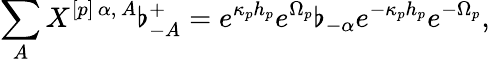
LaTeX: \sum_{A}X^{[p]\, \alpha,\, A}\flat_{-A}^{+}=e^{\kappa_{p}h_{p}}e^{\Omega_{p}}\flat_{-\alpha}e^{-\kappa_{p}h_{p}}e^{-\Omega_{p}},